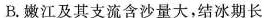
B.嫩江及其支流含沙量大，结冰期长